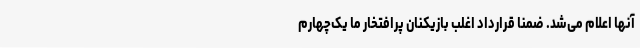
آنها اعلام می‌شد. ضمنا قرارداد اغلب بازیکنان پرافتخار ما یک‌چهارم